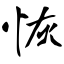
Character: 恢